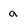
Character: a